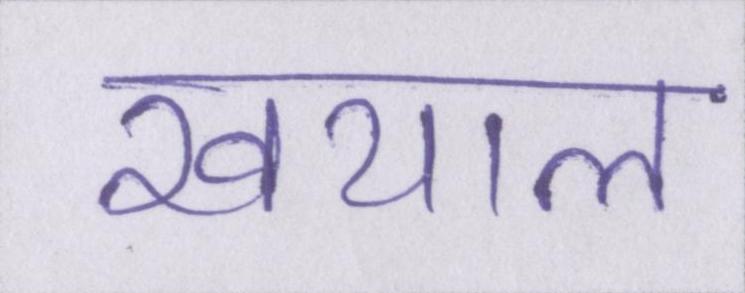
खयाल